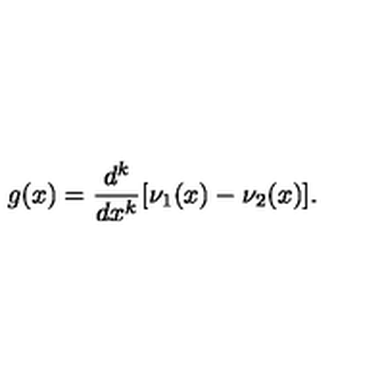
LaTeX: g ( x ) = \frac { d ^ { k } } { d x ^ { k } } [ \nu _ { 1 } ( x ) - \nu _ { 2 } ( x ) ] .